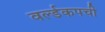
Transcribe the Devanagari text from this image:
वर्ल्डकपची